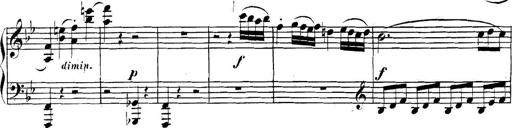
Title: Collected Piano Sonatas
Composer: Muzio Clementi